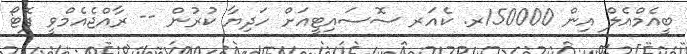
ބީއެމްއެލް އިން 150000ރ. ކެއަރ ސޮސައިޓީއަށް ހަދިޔާ ކުރުން -- ރާއްޖެއެމްވީ ފޮޓޯ